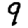
Digit: 9